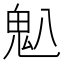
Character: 𫙈